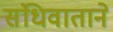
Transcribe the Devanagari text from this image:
संधिवाताने